Indian journal of veterinary science and animal husbandry - Volume 11,
Year: 1941
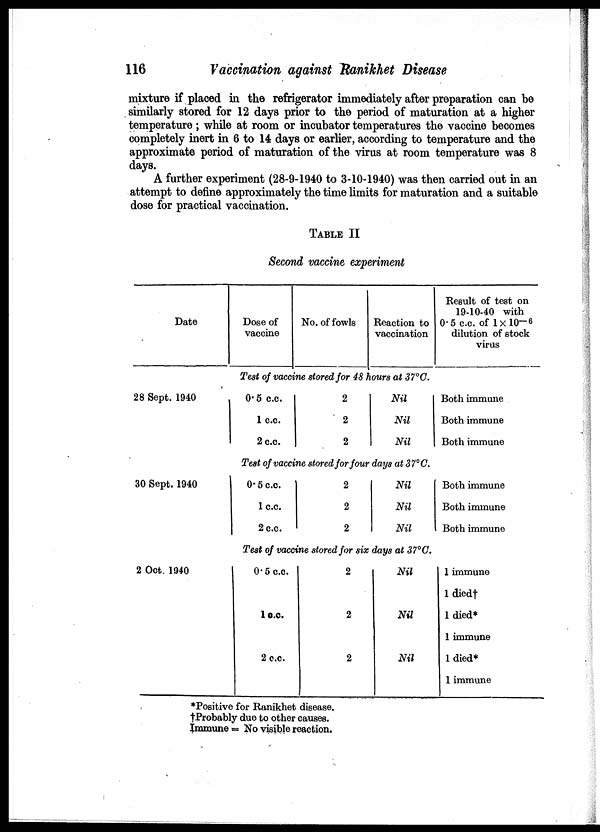
116
Vaccination against Ranikhet Disease
mixture if placed in the refrigerator immediately after preparation can be
similarly stored for 12 days prior to the period of maturation at a higher
temperature; while at room or incubator temperatures the vaccine becomes
completely inert in 6 to 14 days or earlier, according to temperature and the
approximate period of maturation of the virus at room temperature was 8
days.
A further experiment (28-9-1940 to 3-10-1940) was then carried out in an
attempt to define approximately the time limits for maturation and a suitable
dose for practical vaccination.
TABLE II
Second vaccine experiment
Date
Dose of
vaccine
No. of fowls
Reaction to
vaccination
Result of test on
19-10-40 with
0.5 c.c. of 1×10 -6
dilution of stock
virus
Test of vaccine stored for 48 hours at 37°C.
28 Sept. 1940
0.5 c.c.
1 c.c.
2 c.c.
2
2
2
Nil
Nil
Nil
Both immune
Both immune
Both immune
Test of vaccine stored for four days at 37°C.
30 Sept. 1940
0.5 c.c.
1 c.c.
2 c.c.
2
2
2
Nil
Nil
Nil
Both immune
Both immune
Both immune
Test of vaccine stored for six days at 37°C.
2 Oct. 1940
0.5 c.c.
1.c.c.
2 c.c.
2
2
2
Nil
Nil
Nil
1 immune
l died†
1 died*
1 immune
1 died*
1 immune
*Positive for Ranikhet disease,
† Probably due to other causes.
Immune = No visible reaction.